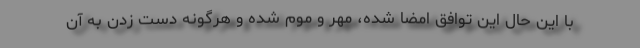
با این حال این توافق امضا شده، مهر و موم شده و هرگونه دست زدن به آن